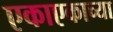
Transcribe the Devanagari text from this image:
एकाएकाच्या